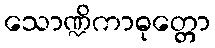
သောဏ္ဍိကာဓုတ္တော